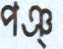
পঞ্